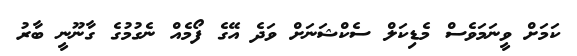
ކަމަށް ވީނަމަވެސް މެޑިކަލް ސެކްޝަނަށް ވަދެ އޭގެ ފޯމެއް ނެގުމުގެ ގާނޫނީ ބާރު